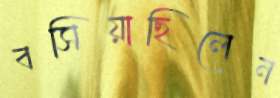
বসিয়াছিলেন